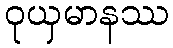
ဝုယှမာနဿ